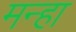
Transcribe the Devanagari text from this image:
मन्हा